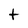
Character: t